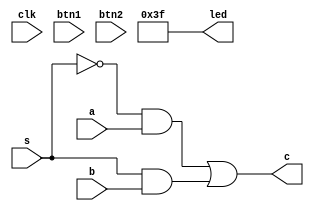
module top (
    input clk,
    input btn1,
    input btn2,
    output [5:0]led,
    input a,
    input b,
    input s,
    output c
);


reg [5:0] led_reg = 0;
reg out;

always @( a or b or s ) begin
    out = (~s & a) | (s & b);
end
    
assign led = ~led_reg;
assign c = out;

endmodule